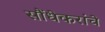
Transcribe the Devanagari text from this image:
सौंधेकरांचे